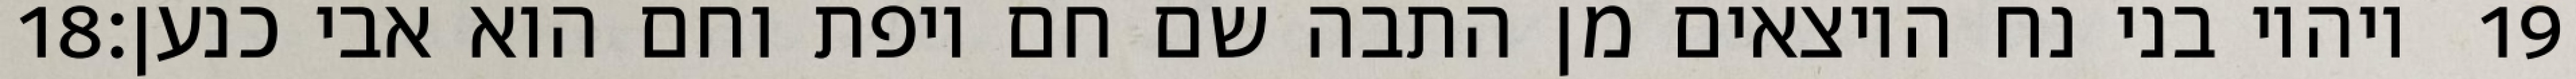
‎18‏ ויהיו בני נח היוצאים מן התבה שם חם ויפת וחם הוא אבי כנען׃ ‎19‏